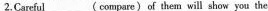
2.Careful ___ (compare) of them will show you the